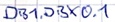
Text: DB1.DBX0.1